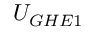
U _ { G H E 1 }